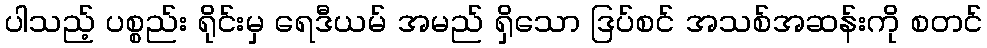
ပါသည့် ပစ္စည်း ရိုင်းမှ ရေဒီယမ် အမည် ရှိသော ဒြပ်စင် အသစ်အဆန်းကို စတင်